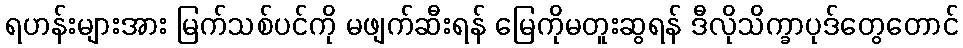
ရဟန်းများအား မြက်သစ်ပင်ကို မဖျက်ဆီးရန် မြေကိုမတူးဆွရန် ဒီလိုသိက္ခာပုဒ်တွေတောင်